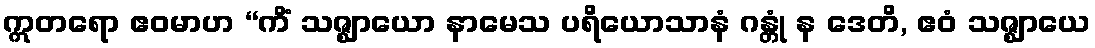
ဣတရော ဧဝမာဟ “ကိံ သဇ္ဈာယော နာမေသ ပရိယောသာနံ ဂန္တုံ န ဒေတိ, ဧဝံ သဇ္ဈာယေ